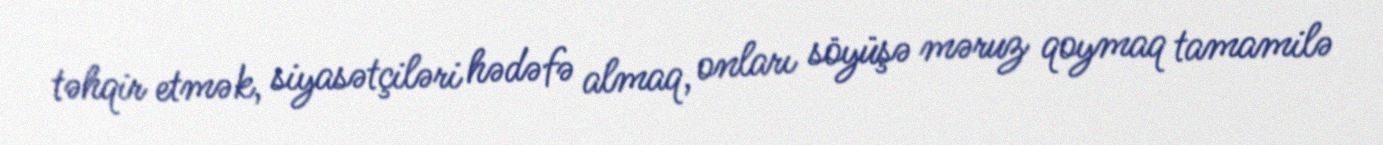
təhqir etmək, siyasətçiləri hədəfə almaq, onları söyüşə məruz qoymaq tamamilə